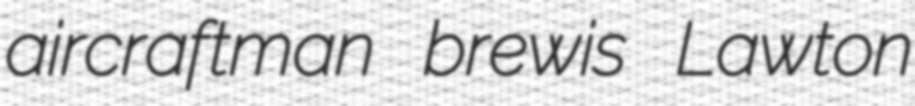
aircraftman brewis Lawton